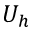
U _ { h }